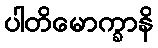
ပါတိမောက္ခာနိ